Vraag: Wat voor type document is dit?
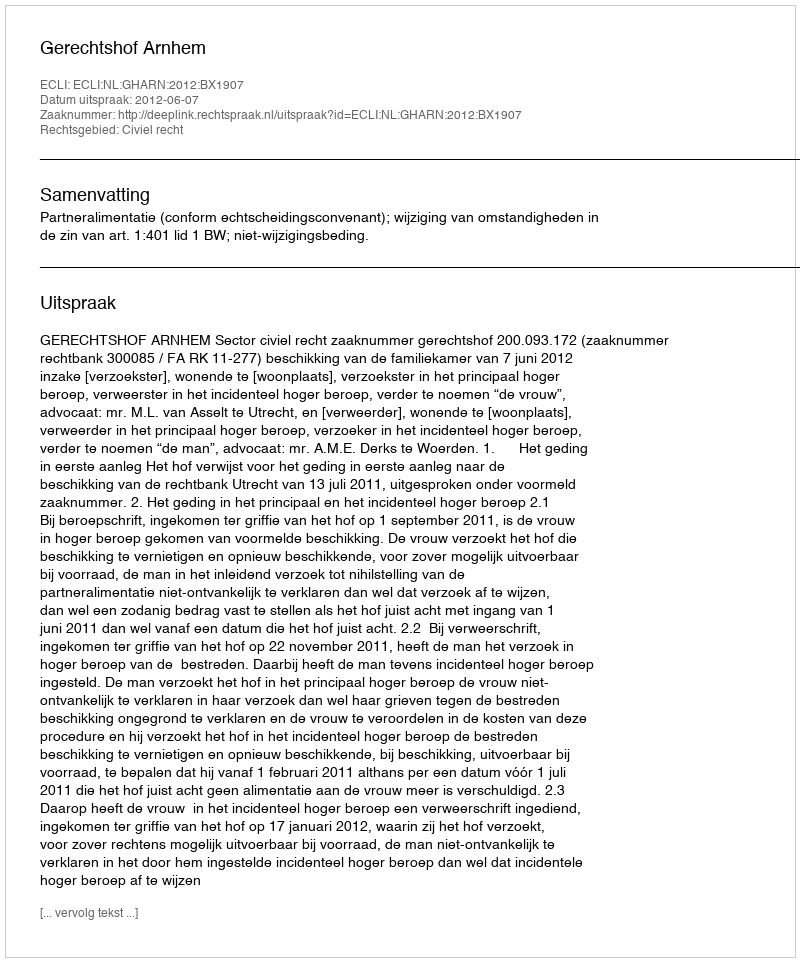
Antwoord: Uitspraak